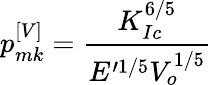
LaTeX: p_{mk}^{\left[V\right]}=\frac{K_{Ic}^{6/5}}{E^{\prime 1/5}V_{o}^{1/5}}